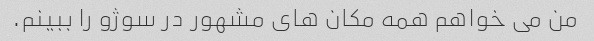
من می خواهم همه مکان های مشهور در سوژو را ببینم.